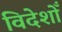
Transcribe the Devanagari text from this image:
विदेशोँ